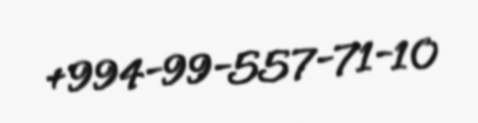
+994-99-557-71-10